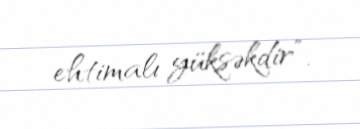
ehtimalı yüksəkdir”.